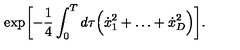
\exp \biggl [ - \frac { 1 } { 4 } \int _ { 0 } ^ { T } d \tau \Bigl ( \dot { x } _ { 1 } ^ { 2 } + \ldots + \dot { x } _ { D } ^ { 2 } \Bigr ) \biggr ] .